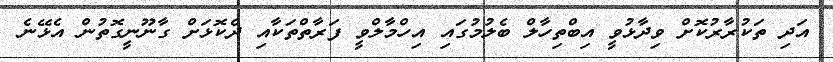
އަދި ތަކުރާރުކޮށް ވިދާޅުވީ އިބްތިހާލް ބެލުމުގައި އިހްމާލްވީ ފަރާތްތަކާއި ދެކޮޅަށް ގާނޫނީގޮތުން އެޅޭނެ